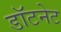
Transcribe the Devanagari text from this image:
डॉटनेट